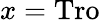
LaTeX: x=\mathrm{Tro}